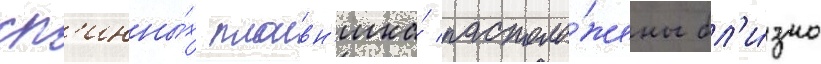
сп'инны́х плавн'ика́ располо́жены бл'и́зко